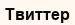
Твиттер